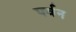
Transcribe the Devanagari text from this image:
पर्वन